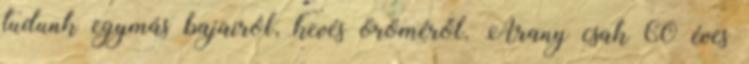
tudunk egymás bajairól, kevés öröméről. Arany csak 60 éves